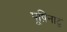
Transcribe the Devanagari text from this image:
पूष़िनाटु